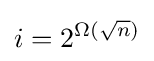
i=2^{\Omega ({\sqrt {n}})}